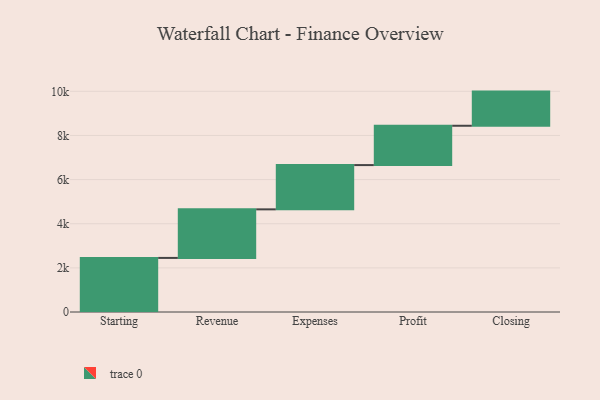
{"axis": {"x": "Step", "y": "Value"}, "legend": [""], "data": [{"x": "Starting", "y": 2451.0, "type": ""}, {"x": "Revenue", "y": 2201.0, "type": ""}, {"x": "Expenses", "y": 2006.0, "type": ""}, {"x": "Profit", "y": 1782.0, "type": ""}, {"x": "Closing", "y": 1548.0, "type": ""}]}